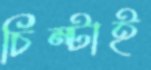
চিম্‌টাই